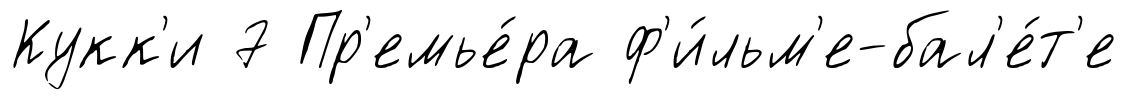
Кукк'и 7 Пр'емье́ра ф'и́льм'е-бал'е́т'е